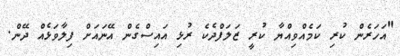
"އަހަރެން ކުރި ކަމެއްވިއްޔާ ކުރީ ޒަލަފްދެކެ ރުޅި އައިސްގެން އޭނައަށް ފިލާވަޅެއް ދޭން.